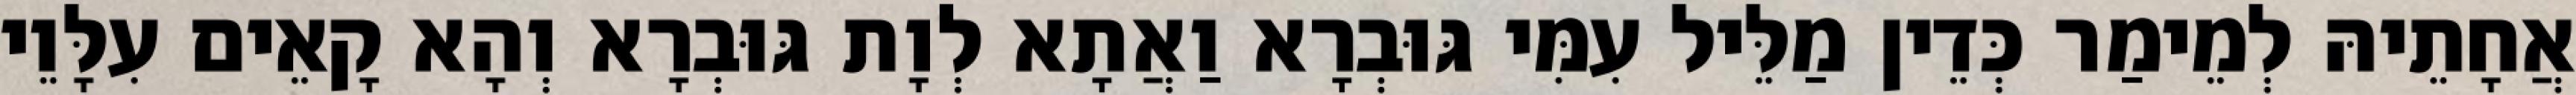
אֲחָתֵיהּ לְמֵימַר כְּדֵין מַלֵּיל עִמִּי גּוּבְרָא וַאֲתָא לְוָת גּוּבְרָא וְהָא קָאֵים עִלָּוֵי